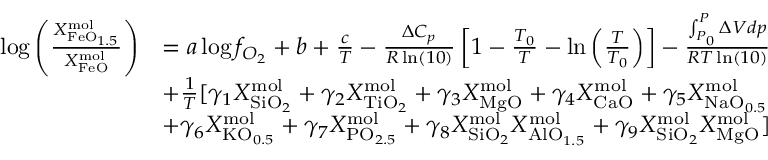
\begin{array} { r l } { \log \left( \frac { X _ { \mathrm { F e O } _ { 1 . 5 } } ^ { \mathrm { m o l } } } { X _ { \mathrm { F e O } } ^ { \mathrm { m o l } } } \right) } & { = a \log f _ { O _ { 2 } } + b + \frac { c } { T } - \frac { \Delta C _ { p } } { R \ln ( 1 0 ) } \left[ 1 - \frac { T _ { 0 } } { T } - \ln \left( \frac { T } { T _ { 0 } } \right) \right] - \frac { \int _ { P _ { 0 } } ^ { P } \Delta V d p } { R T \ln ( 1 0 ) } } \\ & { + \frac { 1 } { T } [ \gamma _ { 1 } X _ { \mathrm { S i O } _ { 2 } } ^ { \mathrm { m o l } } + \gamma _ { 2 } X _ { \mathrm { T i O } _ { 2 } } ^ { \mathrm { m o l } } + \gamma _ { 3 } X _ { \mathrm { M g O } } ^ { \mathrm { m o l } } + \gamma _ { 4 } X _ { \mathrm { C a O } } ^ { \mathrm { m o l } } + \gamma _ { 5 } X _ { \mathrm { N a O } _ { 0 . 5 } } ^ { \mathrm { m o l } } } \\ & { + \gamma _ { 6 } X _ { \mathrm { K O } _ { 0 . 5 } } ^ { \mathrm { m o l } } + \gamma _ { 7 } X _ { \mathrm { P O } _ { 2 . 5 } } ^ { \mathrm { m o l } } + \gamma _ { 8 } X _ { \mathrm { S i O } _ { 2 } } ^ { \mathrm { m o l } } X _ { \mathrm { A l O } _ { 1 . 5 } } ^ { \mathrm { m o l } } + \gamma _ { 9 } X _ { \mathrm { S i O } _ { 2 } } ^ { \mathrm { m o l } } X _ { \mathrm { M g O } } ^ { \mathrm { m o l } } ] } \end{array}